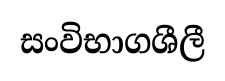
සංවිභාගශීලී